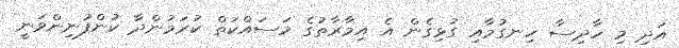
އަދި މި ހާދިސާ ހިނގުމާއި ގުޅިގެން އެ އިމާރާތުގެ މަސައްކަތް ކުރަމުންދާ ކުންފުނިންވަނީ